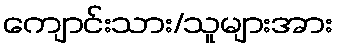
ကျောင်းသား/သူများအား